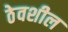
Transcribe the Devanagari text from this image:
ठेवशील